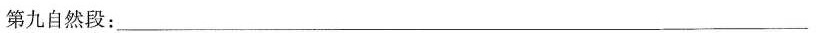
第九自然段：_________________